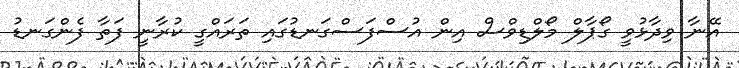
އޭނާ ވިދާޅުވީ ގޯޕާލް މޯލްޑިވްސް އިން އުސްފަސްގަނޑުގައި ތަރައްގީ ކުރާނީ ފަތާ ފެންގަނޑު